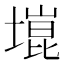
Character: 𫮞